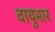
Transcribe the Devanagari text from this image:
वायुभार